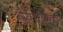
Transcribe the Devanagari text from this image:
व्याधिष्ठ